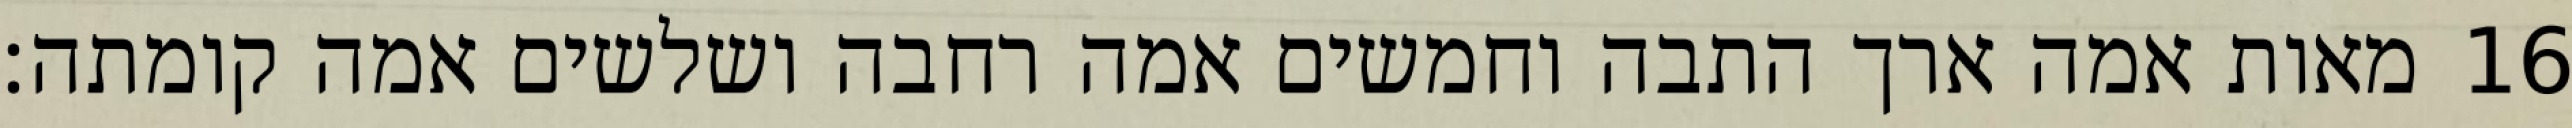
מאות אמה ארך התבה וחמשים אמה רחבה ושלשים אמה קומתה׃ ‎16‏